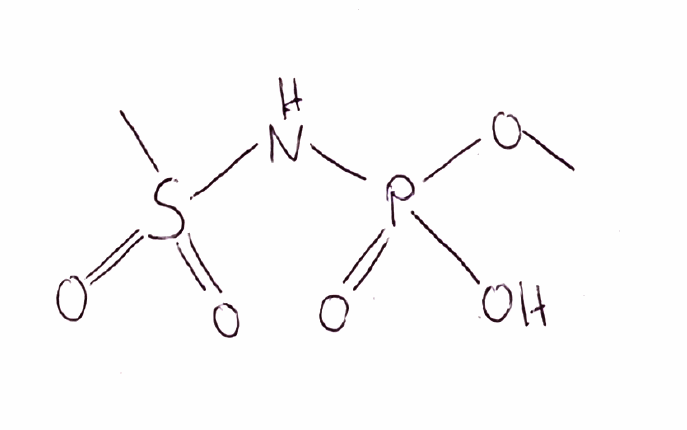
Simplified molecular-input line-entry system (SMILES) notation of the given molecule:
COP(=O)(NS(=O)(=O)C)O